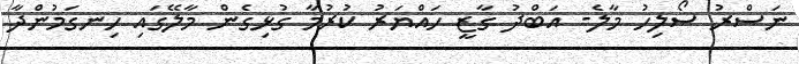
ނަސްރު ސޯލިހު މާލެ- އަބްދު ގާޒީ ހައްޔަރު ކުރުމާ ގުޅިގެން މާލޭގައި ހިނގަމުންދާ